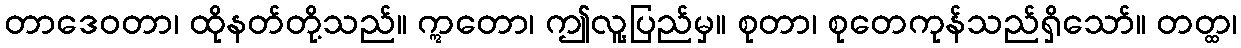
တာဒေဝတာ၊ ထိုနတ်တို့သည်။ ဣတော၊ ဤလူ့ပြည်မှ။ စုတာ၊ စုတေကုန်သည်ရှိသော်။ တတ္ထ၊